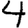
Digit: 4